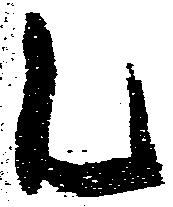
乙